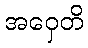
အဝှေတိ